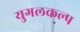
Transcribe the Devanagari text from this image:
युगलकल्प